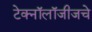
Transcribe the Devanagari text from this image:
टेक्नॉलॉजीजचे